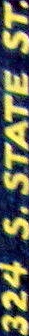
324 S.STATE ST.